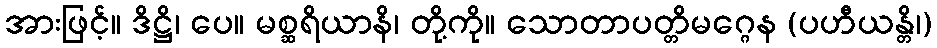
အားဖြင့်။ ဒိဋ္ဌိ၊ ပေ။ မစ္ဆရိယာနိ၊ တို့ကို။ သောတာပတ္တိမဂ္ဂေန (ပဟီယန္တိ၊)